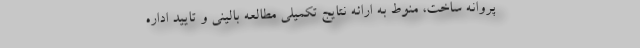
پروانه ساخت، منوط به ارائه نتایج تکمیلی مطالعه بالینی و تایید اداره